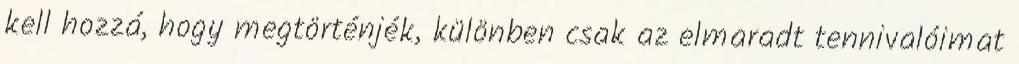
kell hozzá, hogy megtörténjék, különben csak az elmaradt tennivalóimat